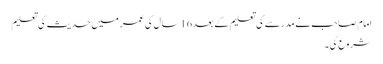
امام صاحب نے مدرسے کی تعلیم کے بعد16سال کی عمر میں حدیث کی تعلیم
شروع کی۔